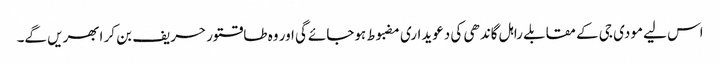
اس لیے مودی جی کے مقابلے راہل گاندھی کی دعویداری مضبوط ہوجائےگی اور وہ طاقتور حریف بن کر ابھریں گے۔